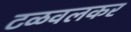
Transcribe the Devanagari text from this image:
टळवलकर